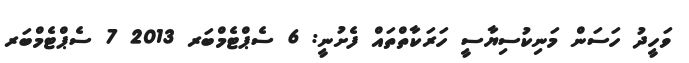
ވަހީދު ހަސަން މަނިކުސިޔާސީ ހަރަކާތްތައް ފެށުނީ: 6 ސެޕްޓެމްބަރ 2013 7 ސެޕްޓެމްބަރ